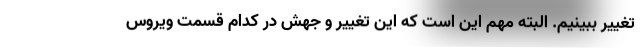
تغییر ببینیم. البته مهم این است که این تغییر و جهش در کدام قسمت ویروس